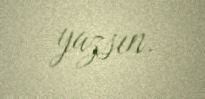
yazsın.